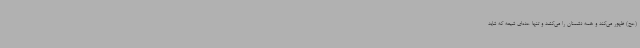
(عج) ظهور می‌کند و همه دشمنان را می‌کشد و تنها عده‌ای شیعه که شاید